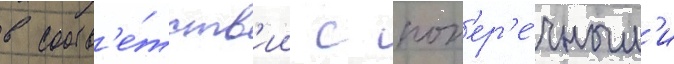
в соотв'е́тств'ии с поп'ер'е́чным'и